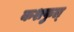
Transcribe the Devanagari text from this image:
कशफुल्